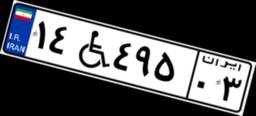
۷۱W۵۰۷۱۳